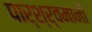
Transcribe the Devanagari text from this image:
पार्श्र्वमानी